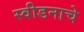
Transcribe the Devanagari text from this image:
स्वीडनाचे